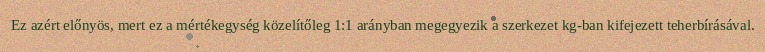
Ez azért előnyös, mert ez a mértékegység közelítőleg 1:1 arányban megegyezik a szerkezet kg-ban kifejezett teherbírásával.